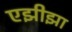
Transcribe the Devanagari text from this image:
एझीझा